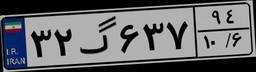
۶۹گ۲۶۳۶۶